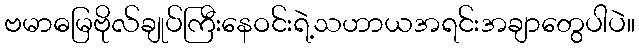
ဗမာဓမြဗိုလ်ချုပ်ကြီးနေဝင်းရဲ့သဟာယအရင်းအချာတွေပါပဲ။